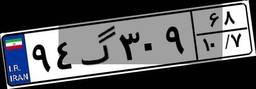
۹۴گ۳۰۹۶۸